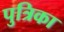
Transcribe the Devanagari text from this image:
पुत्रिका